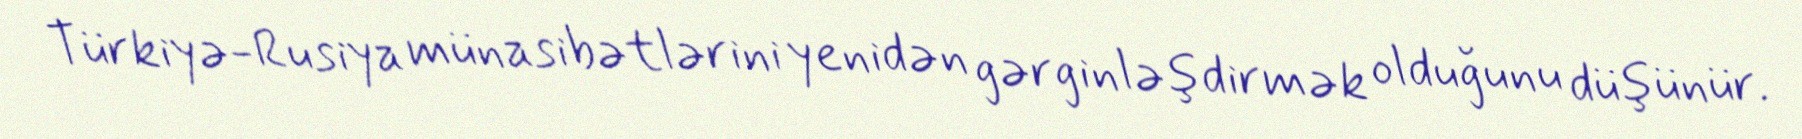
Türkiyə-Rusiya münasibətlərini yenidən gərginləşdirmək olduğunu düşünür.